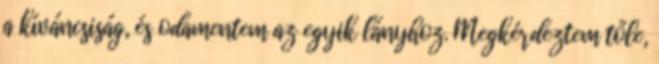
a kíváncsiság, és odamentem az egyik lányhoz. Megkérdeztem tőle,